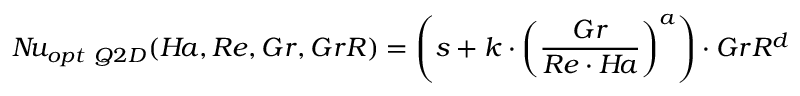
N \! u _ { o p t \ Q 2 D } ( H \! a , R e , G r , G r R ) = \left( s + k \cdot \left( \frac { G r } { R e \cdot H \! a } \right) ^ { a } \right) \cdot G r R ^ { d }